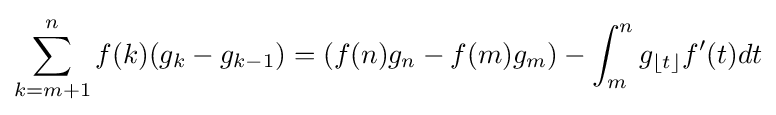
\sum _{k=m+1}^{n}f(k)(g_{k}-g_{k-1})=\left(f(n)g_{n}-f(m)g_{m}\right)-\int _{m}^{n}g_{\lfloor t\rfloor }f'(t)dt